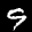
Label: 9